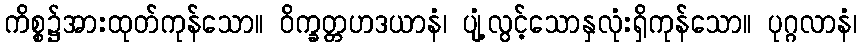
ကိစ္စ၌အားထုတ်ကုန်သော။ ဝိက္ခတ္တဟဒယာနံ၊ ပျံ့လွင့်သောနှလုံးရှိကုန်သော။ ပုဂ္ဂလာနံ၊